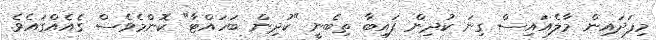
މިފަދައިން މާލެއައިސް ގިނަ ކުދިން ފައިބާ ތިބެނީ "ކުދިން ބަހައްޓާ" ކޮންމެވެސް ގެއެއްގައެވެ.